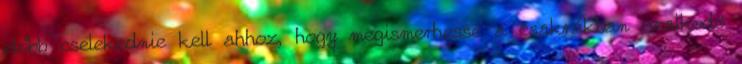
előbb cselekednie kell ahhoz, hogy megismerhesse a csakrákban uralkodó